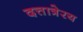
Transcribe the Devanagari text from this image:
दत्तात्रेरय